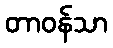
တာဝန်သာ